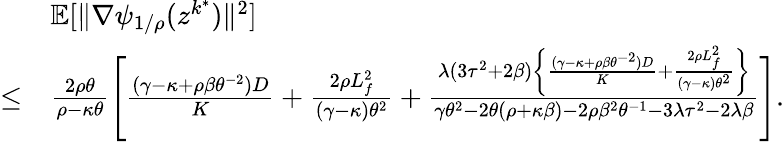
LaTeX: \begin{array}{rl}&{\mathbb{E}[\| \nabla\psi_{1/\rho}(z^{k^{\ast}})\| ^{2}]}\\ {\leq}&{\frac{2\rho\theta}{\rho-\kappa\theta}\Bigg[\frac{(\gamma-\kappa+\rho\beta\theta^{-2})D}{K}+\frac{2\rho L_{f}^{2}}{(\gamma-\kappa)\theta^{2}}+\frac{\lambda(3\tau^{2}+2\beta)\left\{ \frac{(\gamma-\kappa+\rho\beta\theta^{-2})D}{K}+\frac{2\rho L_{f}^{2}}{(\gamma-\kappa)\theta^{2}}\right\} }{\gamma\theta^{2}-2\theta(\rho+\kappa\beta)-2\rho\beta^{2}\theta^{-1}-3\lambda\tau^{2}-2\lambda\beta}\Bigg].}\end{array}